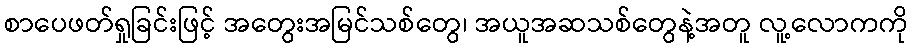
စာပေဖတ်ရှုခြင်းဖြင့် အတွေးအမြင်သစ်တွေ၊ အယူအဆသစ်တွေနဲ့အတူ လူ့လောကကို